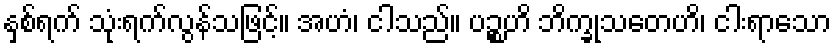
နှစ်ရက် သုံးရက်လွန်သဖြင့်။ အဟံ၊ ငါသည်။ ပဉ္စဟိ ဘိက္ခုသတေဟိ၊ ငါးရာသော